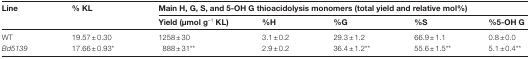
| Line | % KL | <COLSPAN=5> Main H, G, S, and 5-OH G thioacidolysis monomers (total yield and relative mol%) |
 | --- | --- | --- | --- | --- | --- | --- |
 |  |  | Yield (μmol g–1 KL) | %H | %G | %S | %5-OH G |
 | WT | 19.57±0.30 | 1258±30 | 3.1±0.2 | 29.3±1.2 | 66.9±1.1 | 0.8±0.0 |
 | Bd5139 | 17.66±0.93* | 888±31** | 2.9±0.2 | 36.4±1.2** | 55.6±1.5** | 5.1±0.4** |